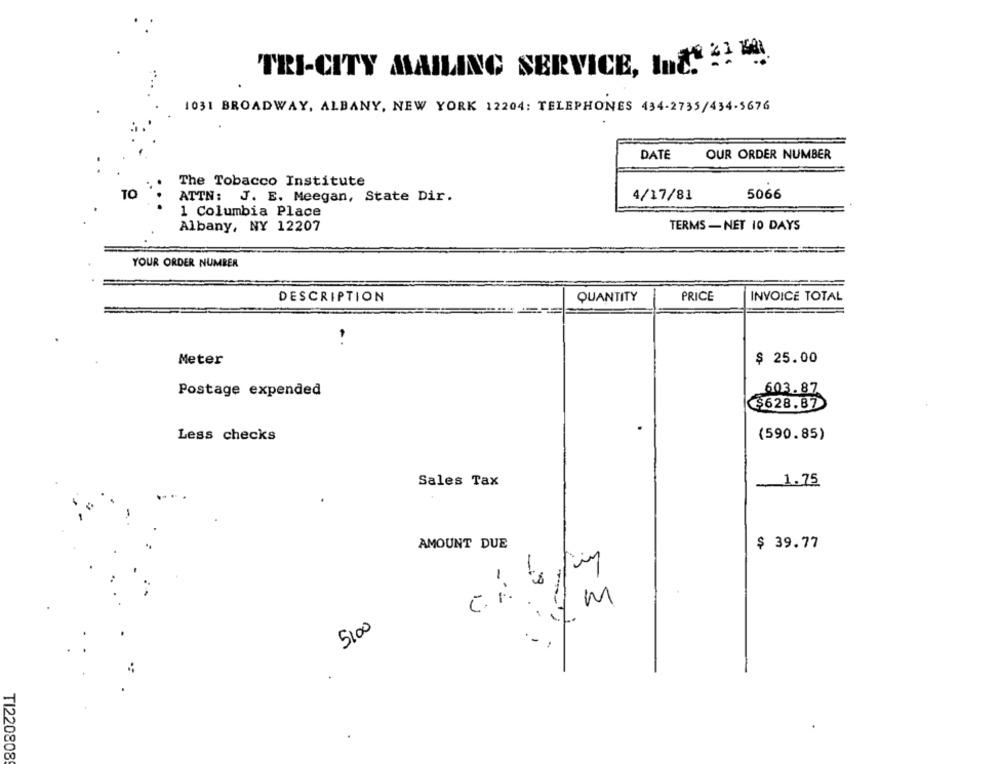
TRI-CITY MAILING SERVICE, InŻ! !! "4.
1031 BROADWAY, ALBANY, NEW YORK 12204: TELEPHONES 434-2735/434-5676
DATE
OUR ORDER NUMBER
The Tobacco Institute
TO
ATTN:
J. E. Meegan, State Dir.
4/17/81
5066
1 Columbia Place
Albany, NY 12207
TERMS - NET 10 DAYS
YOUR ORDER NUMBER
DESCRIPTION
QUANTITY
PRICE
INVOICE TOTAL
Meter
$ 25.00
Postage expended
603.87
$628.87
Less checks
(590.85)
Sales Tax
1.75
AMOUNT DUE
$ 39.77
3
1m
5100
-
.
TI220808